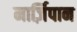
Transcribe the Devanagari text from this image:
मार्ज़िपान